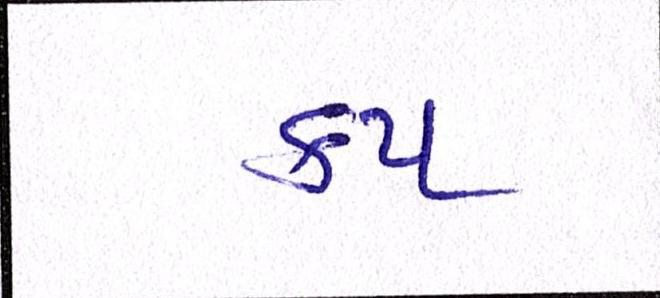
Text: કપ